Report on the treatment of epidemic cholera: from information collected by the governments of Bengal, Madras, Bombay, N.W. Provinces, Punjab, Oudh, and Central India, by order of the Government of India
Disease focus: Cholera
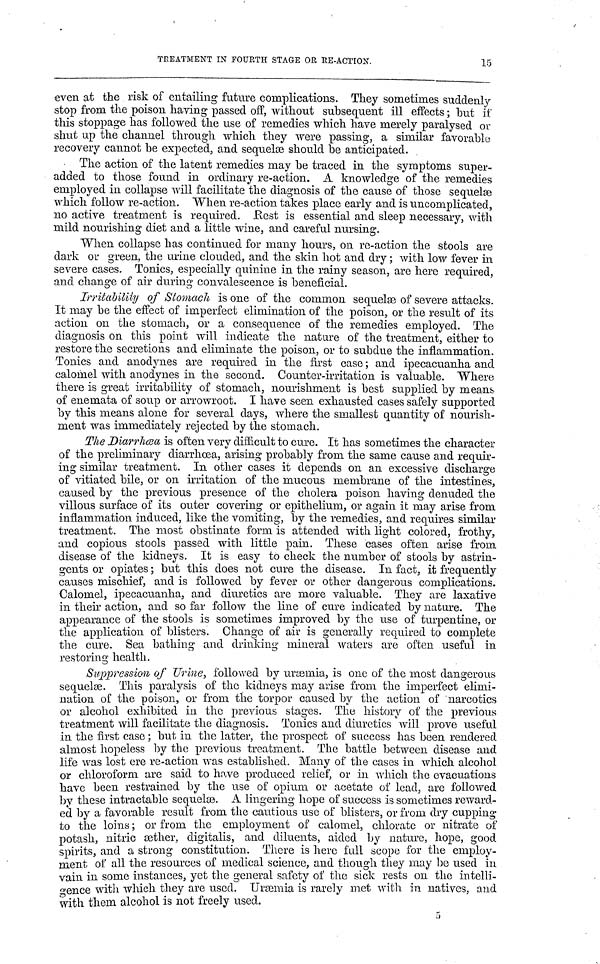
TREATMENT IN FOURTH STAGE OR RE-ACTION.
15
even at the risk of entailing future complications. They sometimes suddenly
stop from the poison having passed off, without subsequent ill effects ; but if
this stoppage has followed the use of remedies which have merely paralysed or
shut up the channel through which they were passing, a similar favorable
recovery cannot be expected, and sequel should be anticipated.
The action of the latent remedies may be traced in the symptoms super-
added to those found in ordinary re-action. A knowledge of the remedies
employed in collapse will facilitate the diagnosis of the cause of those sequelæ
which follow re-action. When re-action takes place early and is uncomplicated,
no active treatment is required. Rest is essential and sleep necessary, with
mild nourishing diet and a little wine, and careful nursing.
When collapse has continued for many hours, on re-action the stools are
dark or green, the urine clouded, and the skin hot and dry; with low fever in
severe cases. Tonics, especially quinine in the rainy season, are here required,
and change of air during convalescence is beneficial.
Irritability of Stomach is one of the common sequelæ of severe attacks.
It may be the effect of imperfect elimination of the poison, or the result of its
action on the stomach, or a consequence of the remedies employed. The
diagnosis on this point will indicate the nature of the treatment, either to
restore the secretions and eliminate the poison, or to subdue the inflammation.
Tonics and anodynes are required in the first case; and ipecacuanha and
calomel with anodynes in the second. Counter-irritation is valuable. Where
there is great irritability of stomach, nourishment is best supplied by means
of enemata of soup or arrowroot. I have seen exhausted cases safely supported
by this means alone for several days, where the smallest quantity of nourish-
ment was immediately rejected by the stomach.
The Diarrhœa is often very difficult to cure. It has sometimes the character
of the preliminary diarrhoea, arising probably from the same cause and requir-
ing similar treatment. In other cases it depends on an excessive discharge
of vitiated bile, or on irritation of the mucous membrane of the intestines,
caused by the previous presence of the cholera poison having denuded the
villous surface of its outer covering or epithelium, or again it may arise from
inflammation, induced, like the vomiting, by the remedies, and requires similar
treatment. The most obstinate form is attended with light colored, frothy,
and copious stools passed with little pain. These cases often arise from
disease of the kidneys. It is easy to check the number of stools by astrin-
gents or opiates; but this does not cure the disease. In fact, it frequently
causes mischief, and is followed by fever or other dangerous complications.
Calomel, ipecacuanha, and diuretics are more valuable. They are laxative
in their action, and so far follow the line of cure indicated by nature. The
appearance of the stools is sometimes improved by the use of turpentine, or
the application of blisters. Change of air is generally required to complete
the cure. Sea bathing and drinking mineral waters are often useful in
restoring health.
Suppression of Urine, followed by uræmia, is one of the most dangerous
sequelæ. This paralysis of the kidneys may arise from the imperfect elimi-
nation of the poison, or from the torpor caused by the action of narcotics
or alcohol exhibited in the previous stages. The history of the previous
treatment will facilitate the diagnosis. Tonics and diuretics will prove useful
in the first case; but in the latter, the prospect of success has been rendered
almost hopeless by the previous treatment. The battle between disease and
life was lost ere re-action was established. Many of the cases in which alcohol
or chloroform are said to have produced relief, or in which the evacuations
have been restrained by the use of opium or acetate of lead, are followed
by these intractable sequelæ. A lingering hope of success is sometimes reward-
ed by a favorable result from the cautious use of blisters, or from dry cupping
to the loins; or from the employment of calomel, chlorate or nitrate of
potash, nitric æther, digitalis, and diluents, aided by nature, hope, good
spirits, and a strong constitution. There is here full scope for the employ-
ment of all the resources of medical science, and though they may be used in
vain in some instances, yet the general safety of the sick rests on the intelli-
gence with which they are used. Uraemia is rarely met with in natives, and
with them alcohol is not freely used.
5